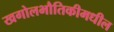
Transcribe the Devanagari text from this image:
खगोलभौतिकीमधील